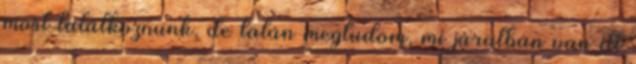
most találkoznunk, de talán megtudom, mi járatban van itt